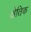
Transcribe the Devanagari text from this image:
क्षेतिक